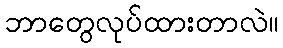
ဘာတွေလုပ်ထားတာလဲ။